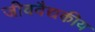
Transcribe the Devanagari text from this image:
जीववैद्यकीय